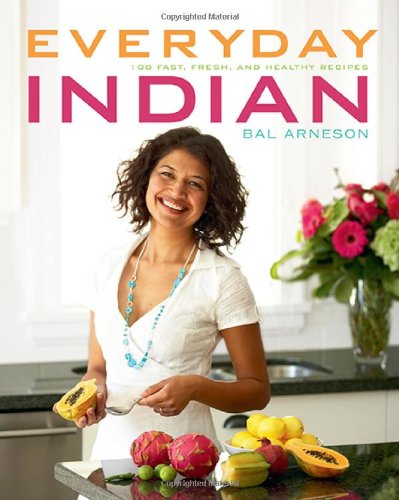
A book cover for Everyday Indian: 100 Fast, Fresh and Healthy Recipes; Bal Arneson; Cookbooks, Food & Wine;